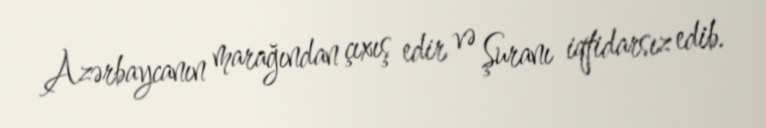
Azərbaycanın marağından çıxış edir və Şuranı iqtidarsız edib.